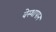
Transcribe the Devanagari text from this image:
वेस्थापान